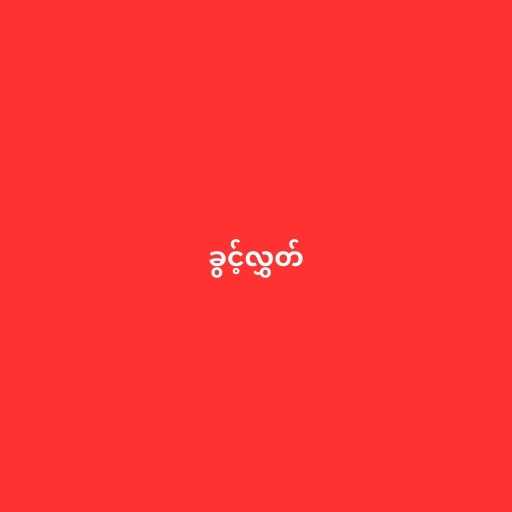
ခွင့်လွှတ်